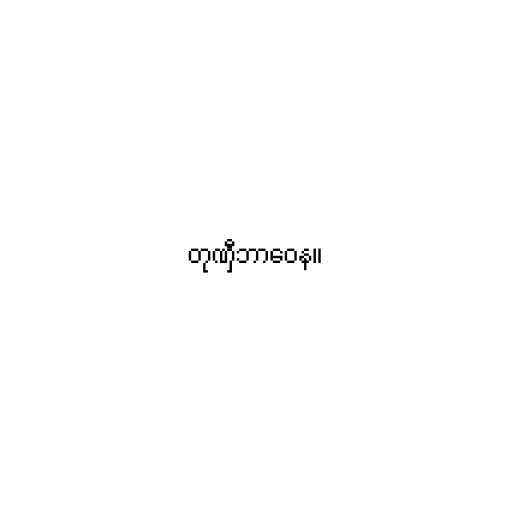
တုဏှီဘာဝေန။